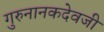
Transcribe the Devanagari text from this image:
गुरुनानकदेवजी